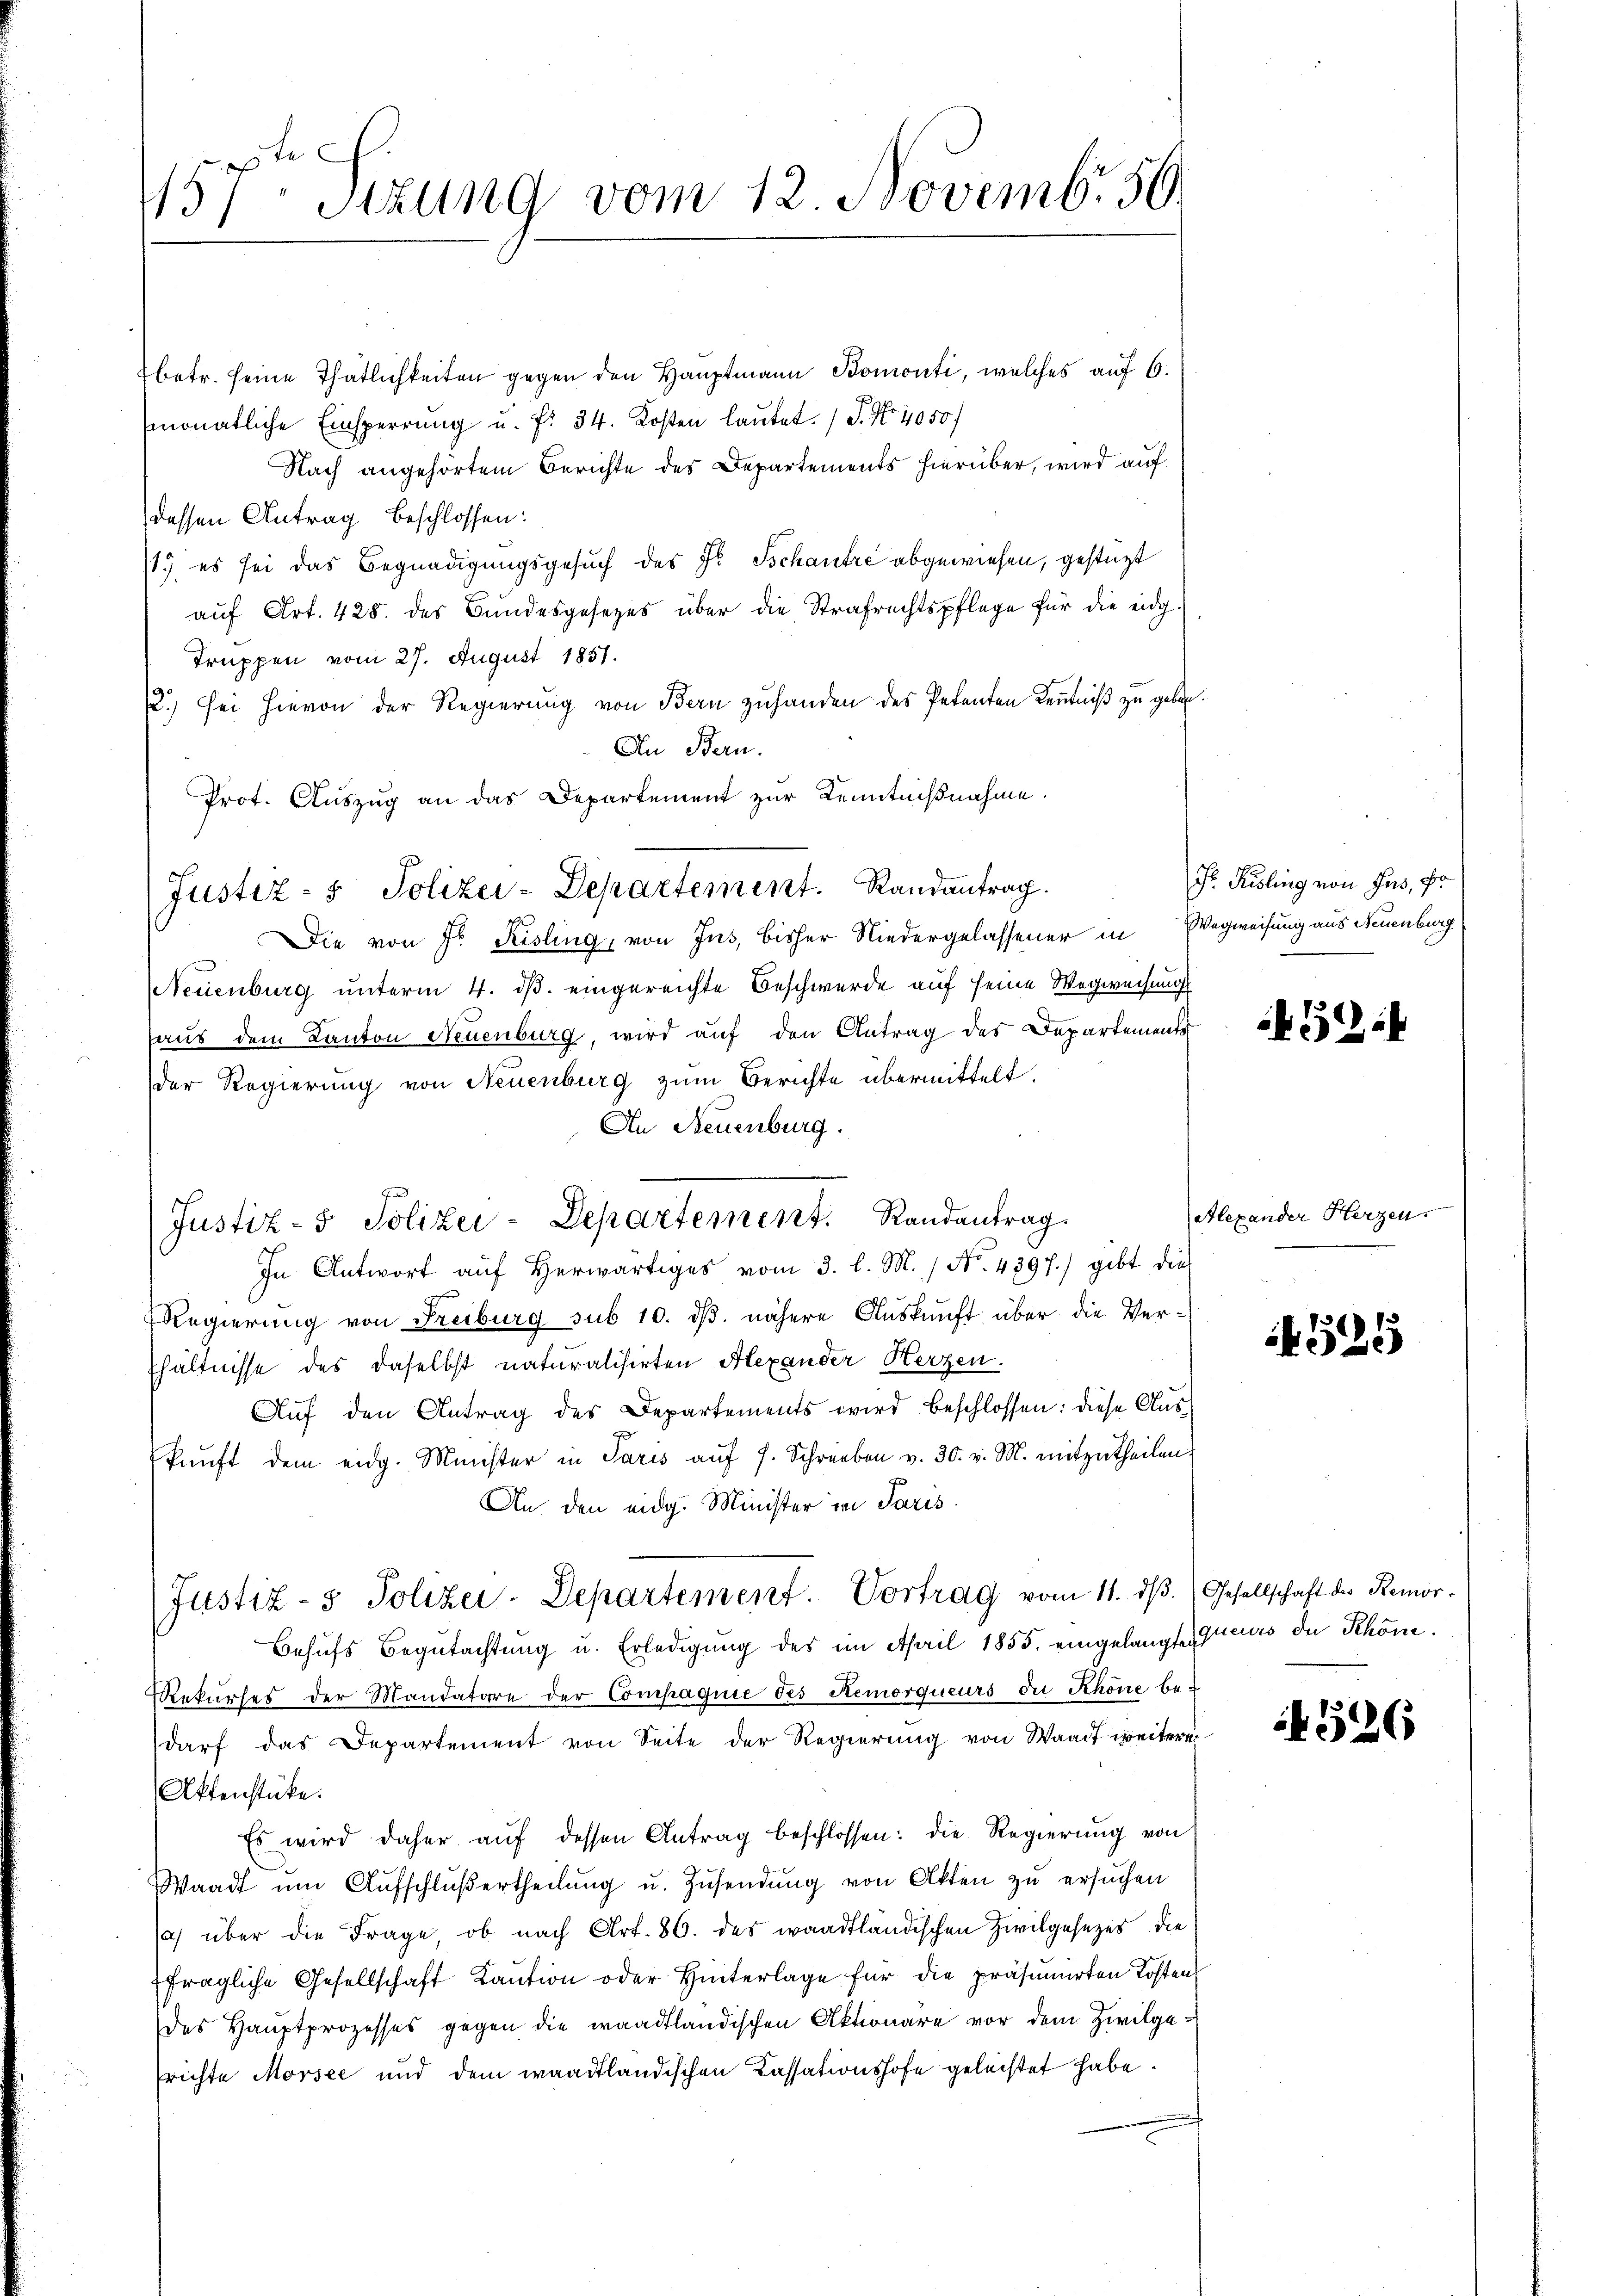
le
157. Sitzung vom 12. Novemb. 56

betr. seine Thätlichkeiten gegen den Hauptmann Bomonti, welches auf 6.
monatliche Einsperrung u. f. 34. Kosten lautet. (T. No. 4050/
Nach angehörtem Berichte des Departements hierüber, wird auf
dessen Antrag beschlossen:
/1. es sei das Begnadigungsgesuch des Fr. Tschautre abgewiesen, gestüzt
auf Art. 428. des Bundesgesezes über die Strafrechtspflege für die eidg-
Truppen vom 27. August 1851.
12.) Sei hievon der Regierung von Bern zuhanden des Petenten Kenntniß zu geben.
An Bern.
Prot. Auszug an das Departement zur Kenntnißnahme.
Die von Fr. Kisling, von Jns, bisher Niedergelassener in Wegweisung aus Neuenburg
NNeuenburg unterm 4. ds. eingereichte Beschwerde auf seine Wegweisungs
haus dem Kanton Neuenburg, wird auf den Antrag des Departements
der Regierung von Neuenburg zum Berichte übermittelt.
An Neuenburg.
In Antwort aŭf herwärtiges vom 3. l. M. / No. 4397.) gibt die
Regierung von Freiburg sub 10. dß. nähere Auskunft über die Verhältnisse des daselbst naturalisirten Alexander Herzen.
Aŭf den Antrag des Departements wird beschlossen: diese Auskŭnft dem eidg. Minister in Paris aŭf s. Schreiben v. 30. v. M. mitzutheilen.
An den eidg. Minister in Paris
Justiz- & Polizei-Departement. Vortrag vom 11. dβ. (Gesellschaft der Remor-
Behŭfs Begutachtung u. Erledigung des im April 1855. eingelangt securs de Schöne
Rekurses der Mandatare der Compagnie des Remorqueurs die Schöne bedarf das Departement von Seite der Regierung von Waadt weiterei
Aktenstücke.
Es wird daher aŭf dessen Antrag beschlossen: die Regierung von
Waadt ŭm Aŭfschlŭβertheilŭng u. Zŭsendŭng von Akten zu ersuchen
a) über die Frage, ob nach Art. 86. des waadtländischen Zivilgesezes die
fragliche Gesellschaft Kaŭtion oder Hinterlage für die präsumirten Kosten
des Hauptprozesses gegen die waadtländischen Aktionäre vor dem Zivilgefrichte Morsee und dem waadtländischen Cassationshofe geleistet habe.

Justiz- & Polizei-Departement. Randantrag.

Justiz- & Polizei-Departement. Randantrag.

Dr. Kisling von Hus, pr

Gif

Alexander Herzen.

525

326